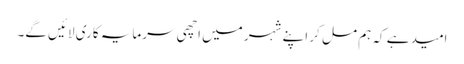
امید ہے کہ ہم مل کر اپنے شہر میں اچھی سرمایہ کاری لائیں گے۔